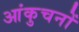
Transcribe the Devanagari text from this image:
आंकुचनों